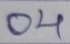
04